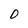
Character: 0